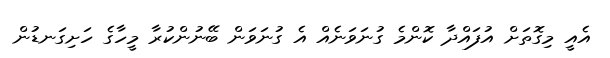
އެއީ މިގޮތަށް އުފައްދާ ކޮންމެ ގުނަވަނެއް އެ ގުނަވަން ބޭނުންކުރާ މީހާގެ ހަށިގަނޑުން